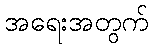
အရေးအတွက်